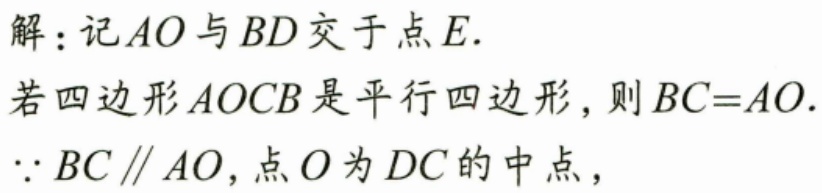
解：记\(AO\)与\(BD\)交于点\(E\).
若四边形\(AOCB\)是平行四边形，则\(BC = AO\).
\(\because BC\parallel AO\)，点\(O\)为\(DC\)的中点，